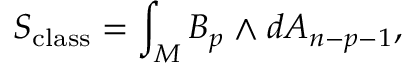
S _ { \mathrm { c l a s s } } = \int _ { M } B _ { p } \wedge d A _ { n - p - 1 } ,